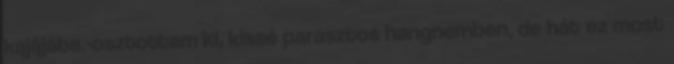
kajájába.-osztottam ki, kissé parasztos hangnemben, de hát ez most